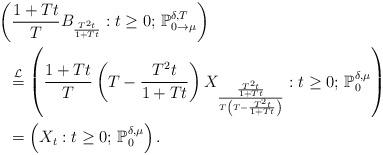
LaTeX: \begin{align*}&\left(\frac{1+Tt}{T}B_\frac{T^2 t}{1+Tt}:t\geq 0;\,\mathbb{P}_{0\to \mu}^{\delta,T}\right)\\&~~\stackrel{\mathcal{L}}{=}\left(\frac{1+Tt}{T}\left(T-\frac{T^2 t}{1+Tt}\right)X_\frac{\frac{T^2 t}{1+Tt}}{T\left(T-\frac{T^2 t}{1+Tt}\right)}:t\geq 0;\,\mathbb{P}_0^{\delta,\mu}\right)\\&~~=\left(X_t:t\geq 0;\,\mathbb{P}_0^{\delta,\mu}\right).\end{align*}